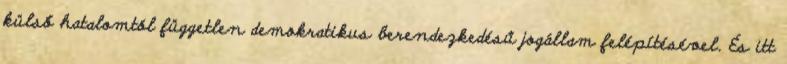
külső hatalomtól független demokratikus berendezkedésű jogállam felépítésével. És itt